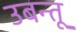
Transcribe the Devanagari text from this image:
उबन्तू